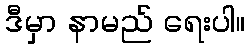
ဒီမှာ နာမည် ရေးပါ။